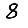
Digit: 8